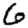
Digit: 6